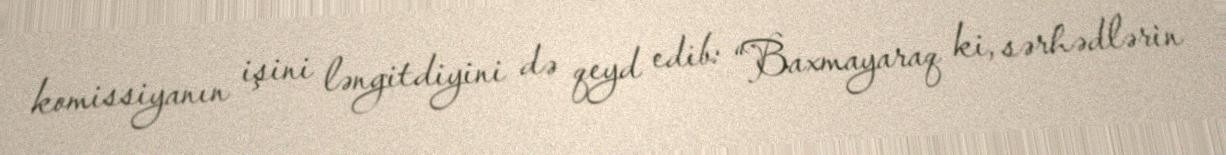
komissiyanın işini ləngitdiyini də qeyd edib: “Baxmayaraq ki, sərhədlərin